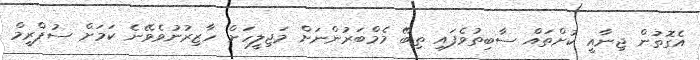
އެގޮތުން ޖިނާއީ ކުށްތައް ސާބިތުވެފައި ތިބޭ މެމްބަރުންނަށް މަޖިލީހަށް ހާޒިރުނުވެވޭނެ ކަމަށް ސުޕްރީމް